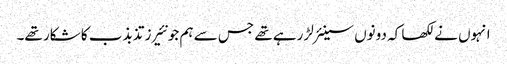
انہوں نے لکھا کہ دونوں سینئر لڑ رہے تھے جس سے ہم جونئیرز تذبذب کا شکار تھے۔